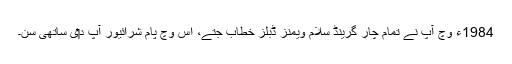
1984ء وچ آپ نے تمام چار گرینڈ سلام ویمنز ڈبلز خطاب جتے، اس وچ پام شرائیور آپ د‏‏ی ساتھی سن۔